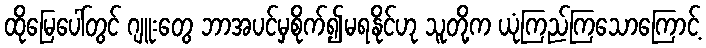
ထိုမြေပေါ်တွင် ဂျူးတွေ ဘာအပင်မှစိုက်၍မရနိုင်ဟု သူတို့က ယုံကြည်ကြသောကြောင့်